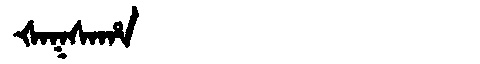
Manchu: ᡧᠠᡴᠰᠠᡥᠠ
Romanization: ŠAKSAHA